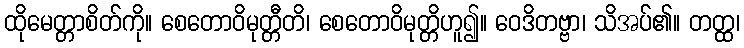
ထိုမေတ္တာစိတ်ကို။ စေတောဝိမုတ္တီတိ၊ စေတောဝိမုတ္တိဟူ၍။ ဝေဒိတဗ္ဗာ၊ သိအပ်၏။ တတ္ထ၊